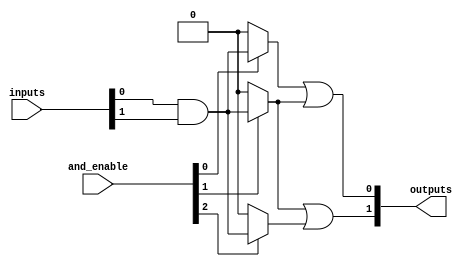
module PAL #(
    parameter N = 4, // Number of inputs
    parameter M = 2, // Number of outputs
    parameter P = 3  // Number of programmable AND gates
)(
    input wire [N-1:0] inputs, // Input lines
    input wire [P-1:0] and_enable, // Control signals for AND gates
    output wire [M-1:0] outputs // Output lines
);

// Internal signals for AND gate outputs
wire [P-1:0] and_outputs;

// Programmable AND gates
genvar i;
generate
    for (i = 0; i < P; i = i + 1) begin : and_gates
        // Each AND gate can be programmed to connect different inputs
        // Example: and_outputs[i] = inputs[0] & inputs[1] for AND gate 0
        // You can customize the connections based on your requirements
        assign and_outputs[i] = (and_enable[i]) ? 
            (inputs[0] & inputs[1]) : 0; // Example connection
    end
endgenerate

// Fixed OR array
generate
    for (i = 0; i < M; i = i + 1) begin : or_gates
        // Each output is the OR of selected AND gates
        // Example: outputs[0] = and_outputs[0] | and_outputs[1]
        // Customize the logic for each output as needed
        assign outputs[i] = (i == 0) ? (and_outputs[0] | and_outputs[1]) :
                            (i == 1) ? (and_outputs[1] | and_outputs[2]) : 0; // Example connections
    end
endgenerate

endmodule